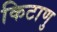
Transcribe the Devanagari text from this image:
किटाणु